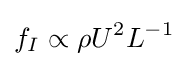
f_{I}\propto \rho U^{2}L^{-1}